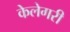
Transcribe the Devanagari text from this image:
केलेगरी